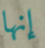
إنها